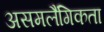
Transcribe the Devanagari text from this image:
असमलैंगिकता